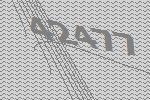
42477